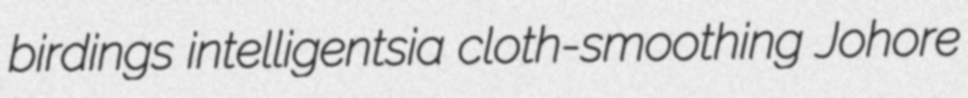
birdings intelligentsia cloth-smoothing Johore